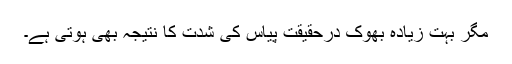
مگر بہت زیادہ بھوک درحقیقت پیاس کی شدت کا نتیجہ بھی ہوتی ہے۔